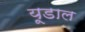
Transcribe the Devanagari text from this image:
यूडाल